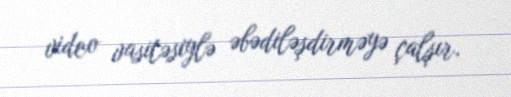
video vasitəsiylə əbədiləşdirməyə çalşır.